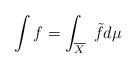
LaTeX: \begin{align*}\int f = \int_{\overline X} \,\, \tilde f d\mu\end{align*}